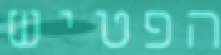
הפטיש